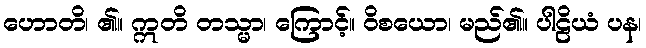
ဟောတိ၊ ၏။ ဣတိ တသ္မာ၊ ကြောင့်။ ဝိစယော၊ မည်၏။ ပါဠိယံ ပန၊